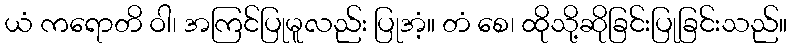
ယံ ကရောတိ ဝါ၊ အကြင်ပြုမူလည်း ပြုအံ့။ တံ စေ၊ ထိုသို့ဆိုခြင်းပြုခြင်းသည်။